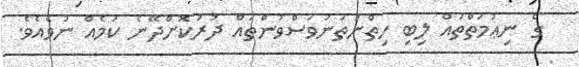
ގެ ނިޢުމަތްތައް ލިބި ހިތްނުތަނަވަސްވުންތައް ދުރުކޮށްދޭނެ ކަމެއް ނުވެއެވެ.